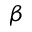
\beta